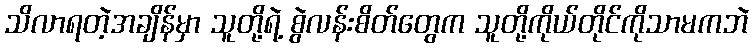
သိလာရတဲ့အချိန်မှာ သူတို့ရဲ့ စွဲလန်းစိတ်တွေက သူတို့ကိုယ်တိုင်ကိုသာမကဘဲ